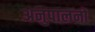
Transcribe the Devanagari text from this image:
अनुपालनों